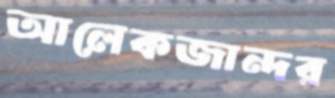
আলেকজান্দর